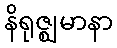
နိရုဇ္ဈမာနာ